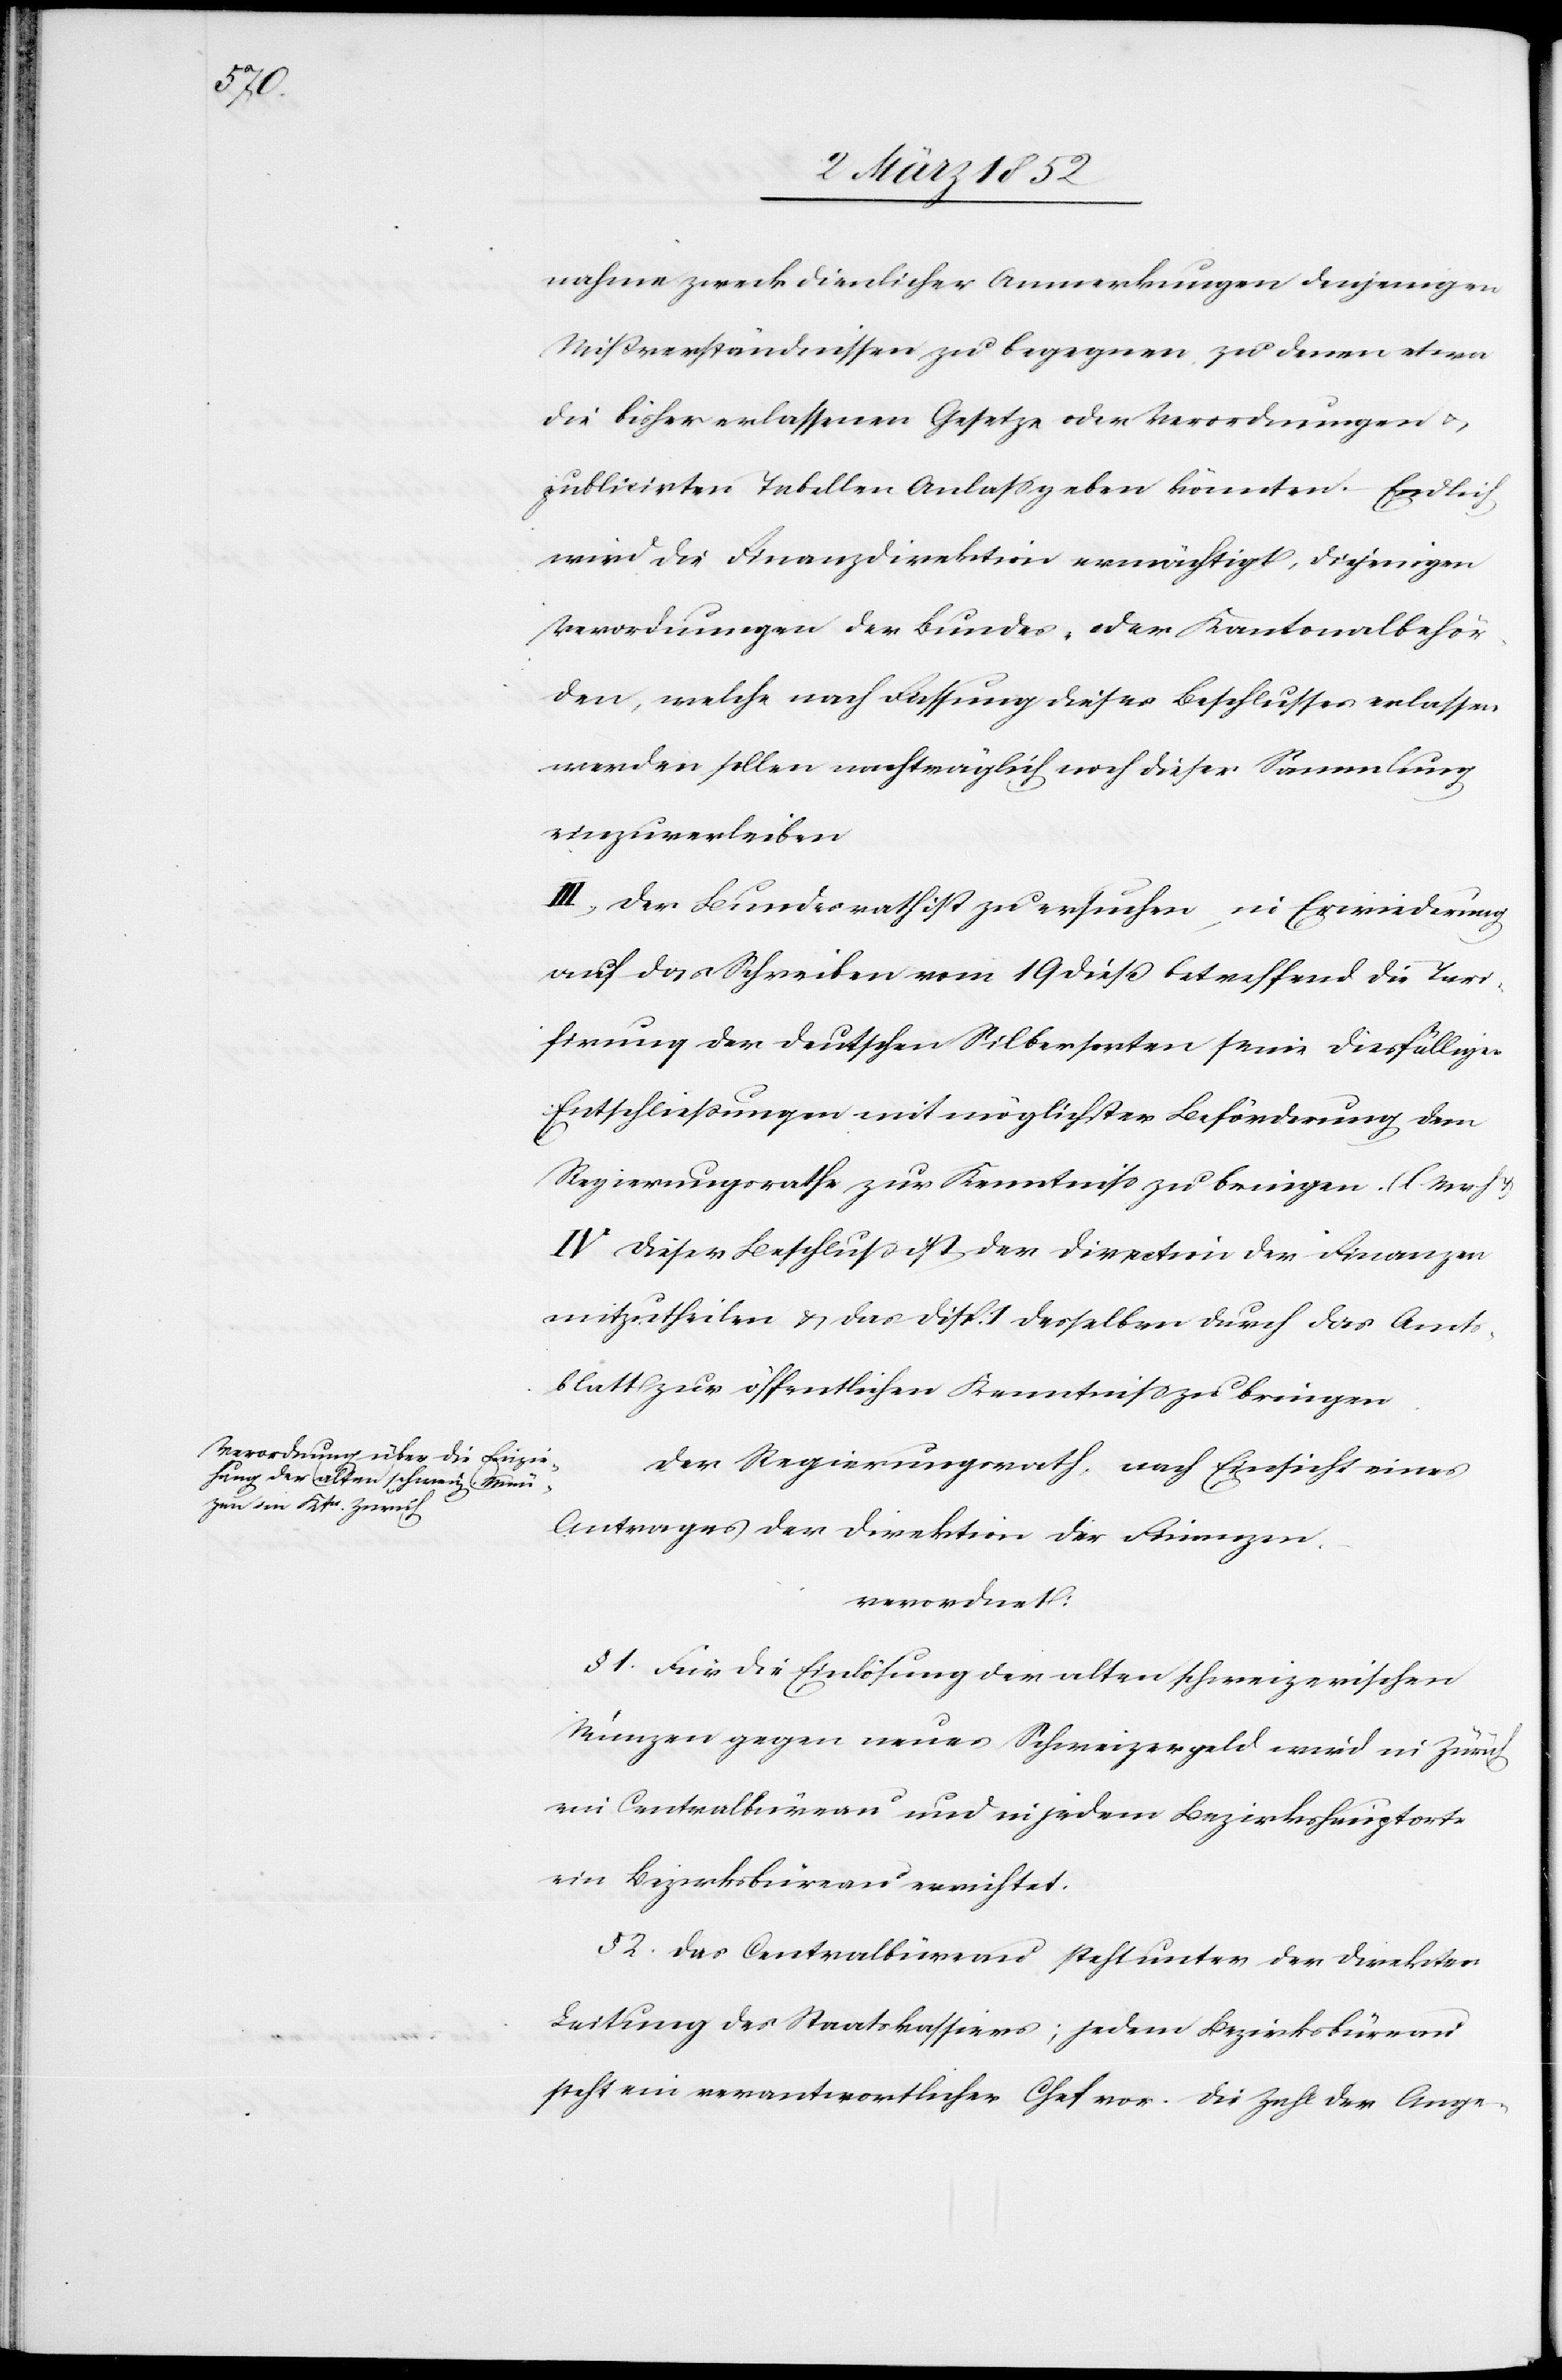
nahmezweck dienlicher Anmerkungen denjenigen
Mißverständnissen zu begegnen zu denen etwa
die bisher erlassenen Gesetze oder Verordnungen u.
publicirten Tabellen Anlaß geben könnten. Endlich
wird die Finanzdirektion ermächtigt, diejenigen
Verordnungen der Bundes- oder Kantonalbehör¬
den, welche nach Fassung dieses Beschlusses erlassen
werden sollen nachträglich noch dieser Sammlung
einzuverleiben.
III.) Der Bundesrath ist zu ersuchen, in Erwiederung
auf das Schreiben vom 19 dieß betreffend die Tari¬
firung der deutschen Silbersorten seine diesfälligen
Entschließungen mit möglichster Beförderung dem
Regierungsrathe zur Kenntniß zu bringen. (l. M. v. h.
IV Dieser Beschluß ist der Direction der Finanzen
mitzutheilen u. das Disp. 1 desselben durch das Amt¬
sblatt zur öffentlichen Kenntniß zu bringen.
Der Regierungsrath, nach Einsicht eines
Antrages der Direktion der Finanzen.
verordnet:
§ 1. Für die Einlösung der alten schweizerischen
Münzen gegen neues Schweizergeld wird in Zürich
ein Centralbüreau und in jedem Bezirkshauptorte
ein Bezirksbüreau errichtet.
§ 2. Das Centralbüreau steht unter der Direkto¬
r-Leitung des Staatskassiers; jedem Bezirksbüreau
steht ein verantwortlicher Chef vor. Die Zahl der Ange-